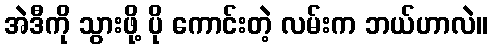
အဲဒီကို သွားဖို့ ပို ကောင်းတဲ့ လမ်းက ဘယ်ဟာလဲ။